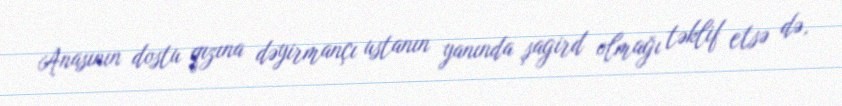
Anasının dostu qızına dəyirmançı ustanın yanında şagird olmağı təklif etsə də,